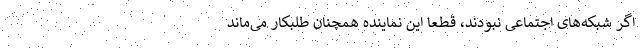
اگر شبکه‌های اجتماعی نبودند، قطعا این نماینده همچنان طلبکار می‌ماند